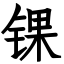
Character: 锞